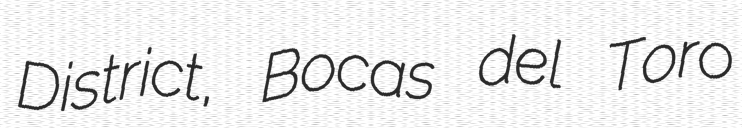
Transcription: District, Bocas del Toro